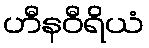
ဟီနဝီရိယံ